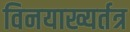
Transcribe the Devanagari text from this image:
विनयाख्यर्तत्र